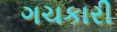
ગચકારી